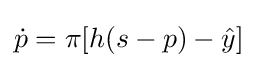
{\dot {p}}=\pi [h(s-p)-{\hat {y}}]